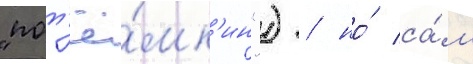
"пот'ё́мк'ин") / но́ са́м